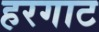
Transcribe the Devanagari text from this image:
हरगाट